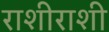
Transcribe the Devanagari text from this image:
राशीराशी